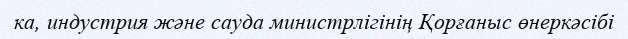
ка, индустрия және сауда министрлігінің Қорғаныс өнеркәсібі